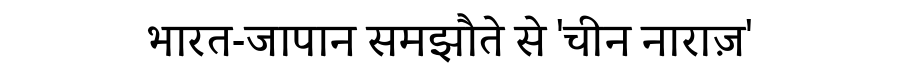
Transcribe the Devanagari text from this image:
भारत-जापान समझौते से 'चीन नाराज़'